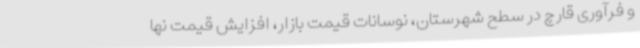
و فرآوری قارچ در سطح شهرستان، نوسانات قیمت بازار، افزایش قیمت نها